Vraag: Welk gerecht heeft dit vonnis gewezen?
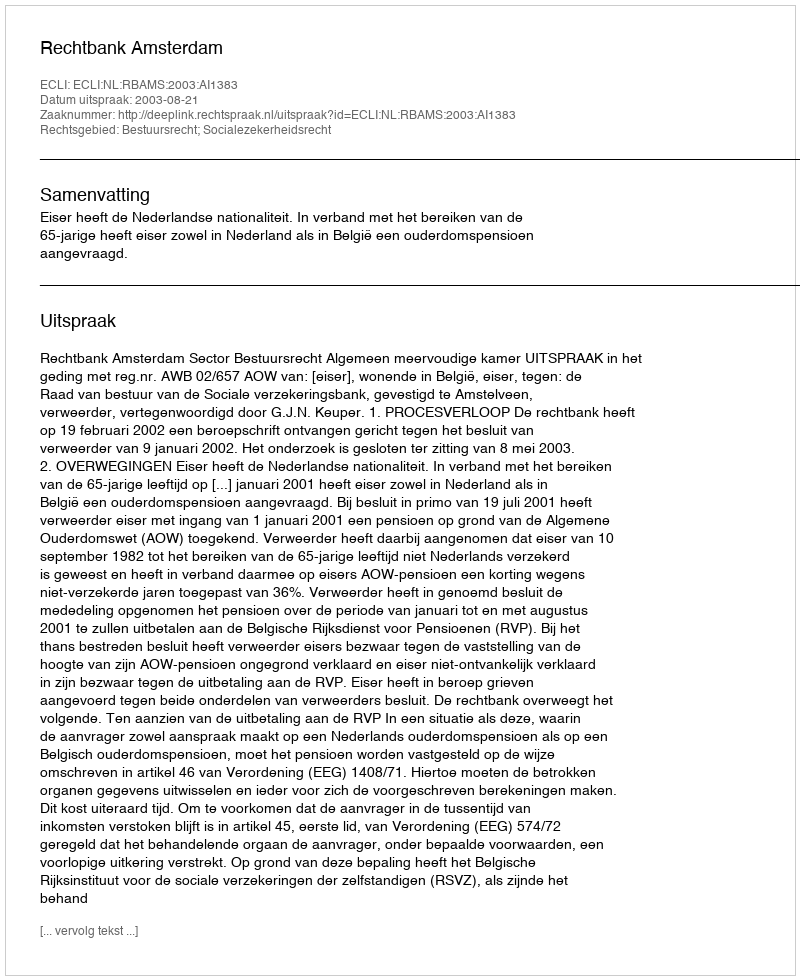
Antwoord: Rechtbank Amsterdam